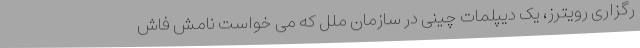
رگزاری رویترز، یک دیپلمات چینی در سازمان ملل که می خواست نامش فاش